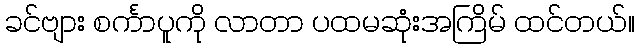
ခင်ဗျား စင်္ကာပူကို လာတာ ပထမဆုံးအကြိမ် ထင်တယ်။